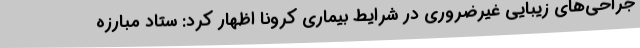
جراحی‌های زیبایی غیرضروری در شرایط بیماری کرونا اظهار کرد: ستاد مبارزه